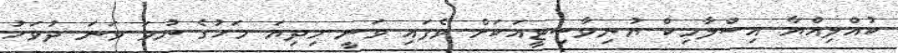
ކުއްލިއްޔާ އިސްލާމިކް ޔުނިވާސިޓީއަކަށް ވެފައި ވަނީ މިދިޔަ މަހުގެ ނުވަ ވަނަ ދުވަހު